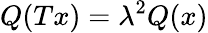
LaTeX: Q(Tx)=\lambda^{2}Q(x)